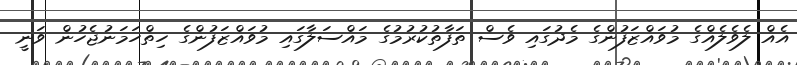
އެއް ލެވެލެއްގެ މުވައްޒަފުންގެ މެދުގައި ވެސް ތަފާތުކުރުމުގެ މައްސަލާގައި މުވައްޒަފުންގެ ހިތްހަމަނުޖެހުން ވަނީ